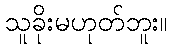
သူခိုးမဟုတ်ဘူး။